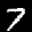
Label: 7